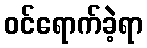
ဝင်ရောက်ခဲ့ရာ